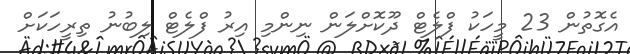
އެގޮތުން 23 މީހަކު ފްލެޓް ދޫކޮށްލަން ނިންމި އިރު ފްލެޓް ލިބުނު ތިރީހަކަށް